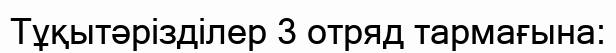
Тұқытәрізділер 3 отряд тармағына: